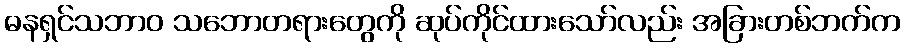
ဓနရှင်သဘာဝ သဘောတရားတွေကို ဆုပ်ကိုင်ထားသော်လည်း အခြားတစ်ဘက်က